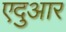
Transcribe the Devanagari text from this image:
एदुआर